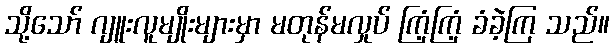
သို့သော် ဂျူးလူမျိုးများမှာ မတုန်မလှုပ် ကြံ့ကြံ့ ခံခဲ့ကြ သည်။